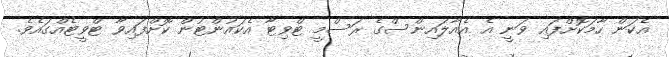
އެކަން ހާމަކޮށްފައި ވަނީ އެ އެއާލައިންސްގެ ރަސްމީ ޓްވިޓާ އެކައުންޓުން ކޮށްފައިވާ ޓްވީޓެއްގައެވެ.